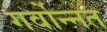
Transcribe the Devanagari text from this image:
गर्वोन्‍नत